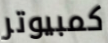
كمبيوتر